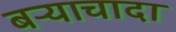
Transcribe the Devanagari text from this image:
बऱ्याचादा